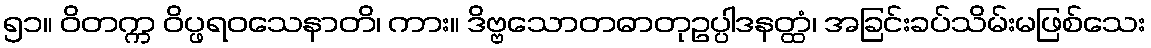
၅၁။ ဝိတက္က ဝိပ္ဖရဝသေနာတိ၊ ကား။ ဒိဗ္ဗသောတဓာတုဥပ္ပါဒနတ္ထံ၊ အခြင်းခပ်သိမ်းမဖြစ်သေး